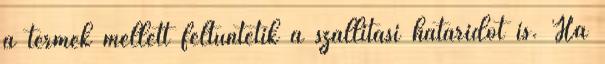
a termék mellett feltüntetik a szállítási határidőt is. Ha